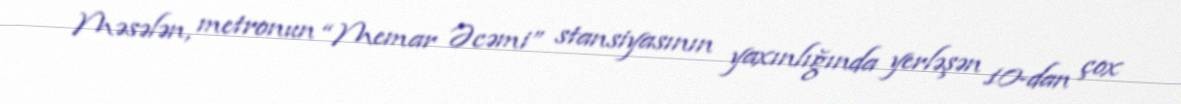
Məsələn, metronun “Memar Əcəmi” stansiyasının yaxınlığında yerləşən 10-dan çox